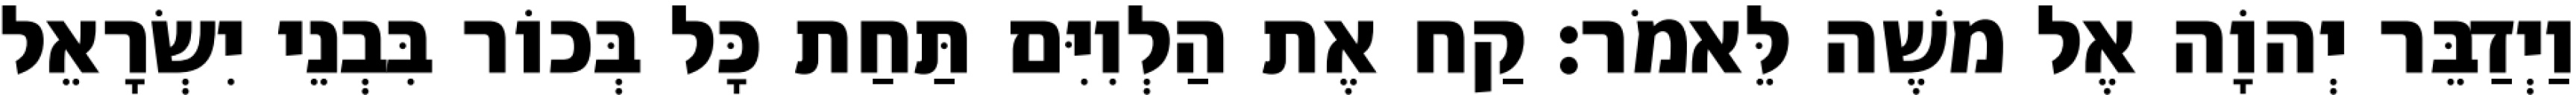
וַיְדַבֵּר יְהוָֹה אֶל משֶׁה לֵּאמֹר׃ קַח אֶת הַלְוִיִּם תַּחַת כָּל בְּכוֹר בִּבְנֵי יִשְׂרָאֵל